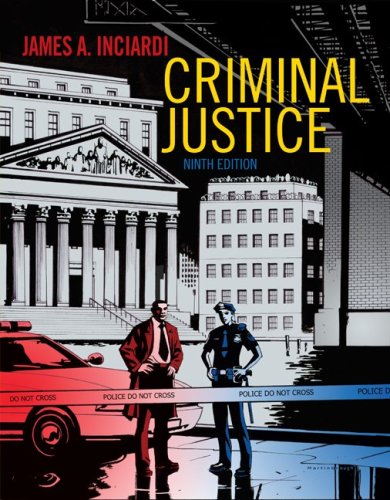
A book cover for Criminal Justice; James A. Inciardi; Law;